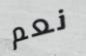
نعم